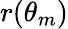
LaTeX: r(\theta_{m})